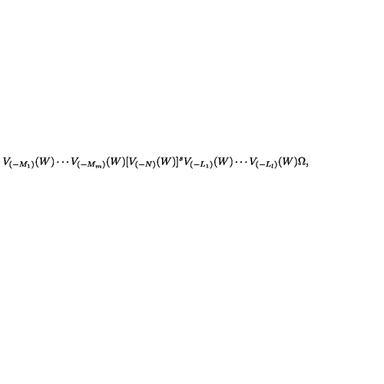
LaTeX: V _ { ( - M _ { 1 } ) } ( W ) \cdots V _ { ( - M _ { m } ) } ( W ) [ V _ { ( - N ) } ( W ) ] ^ { s } V _ { ( - L _ { 1 } ) } ( W ) \cdots V _ { ( - L _ { l } ) } ( W ) \Omega ,